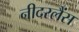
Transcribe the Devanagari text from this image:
नीदरलैंस